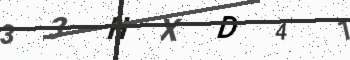
Text: 33HXD41